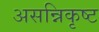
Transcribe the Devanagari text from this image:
असन्निकृष्ट